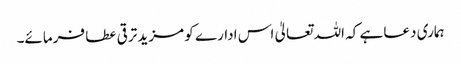
ہماری دعا ہے کہ اللہ تعالیٰ اس ادارے کو مزید ترقی عطا فرمائے۔